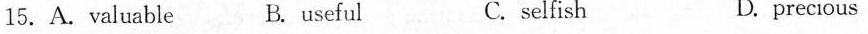
15.A.valuable B. useful C. selfish D.precious